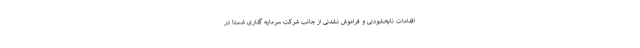
اقدامات نابخشودنی و فراموش نشدنی از جانب شرکت سرمایه گذاری شستا در